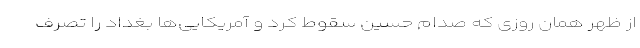
از ظهر همان روزی که صدام حسین سقوط کرد و آمریکایی‌ها بغداد را تصرف